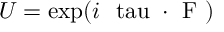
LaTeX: U = \exp ( i \mathrm { \boldmath ~ \ t a u ~ \cdot ~ F ~ } )